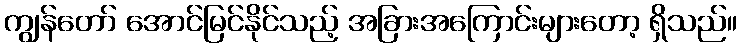
ကျွန်တော် အောင်မြင်နိုင်သည့် အခြားအကြောင်းများတော့ ရှိသည်။